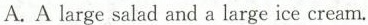
A.Alarge salad and a large ice cream.